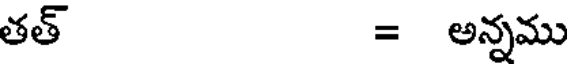
తత్ = అన్నము